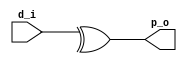
// Name: parity.v
//
// Description: Detector de paridad (error)

module parity (
  input  [7:0] d_i,  //Datos de entrada
  output       p_o   //Bit de paridad
);

  assign p_o = ^ d_i;

endmodule